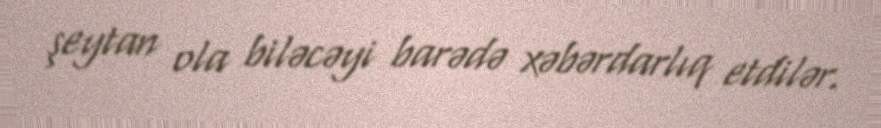
şeytan ola biləcəyi barədə xəbərdarlıq etdilər.